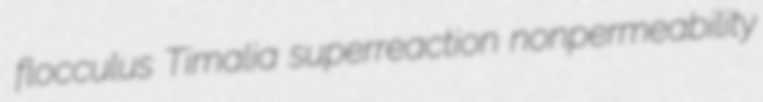
flocculus Timalia superreaction nonpermeability